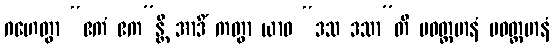
ဂဟေတွာ “ဧကံ ဧက”န္တိ အာဒိံ ကတွာ ယာဝ “ဒသ ဒသာ”တိ ပဝတ္တမာနံ ပဝတ္တမာနံ